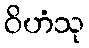
ဝိဟံသု